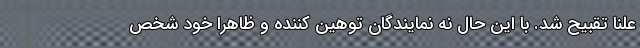
علنا تقبیح شد. با این حال نه نمایندگان توهین کننده و ظاهرا خود شخص